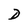
Character: D